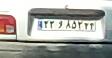
۲۲و۸۵۲۲۴